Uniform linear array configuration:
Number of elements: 64
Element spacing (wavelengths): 0.25
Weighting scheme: uniform
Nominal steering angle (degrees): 15
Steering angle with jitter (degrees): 15.825
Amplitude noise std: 0.05
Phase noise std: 0.05

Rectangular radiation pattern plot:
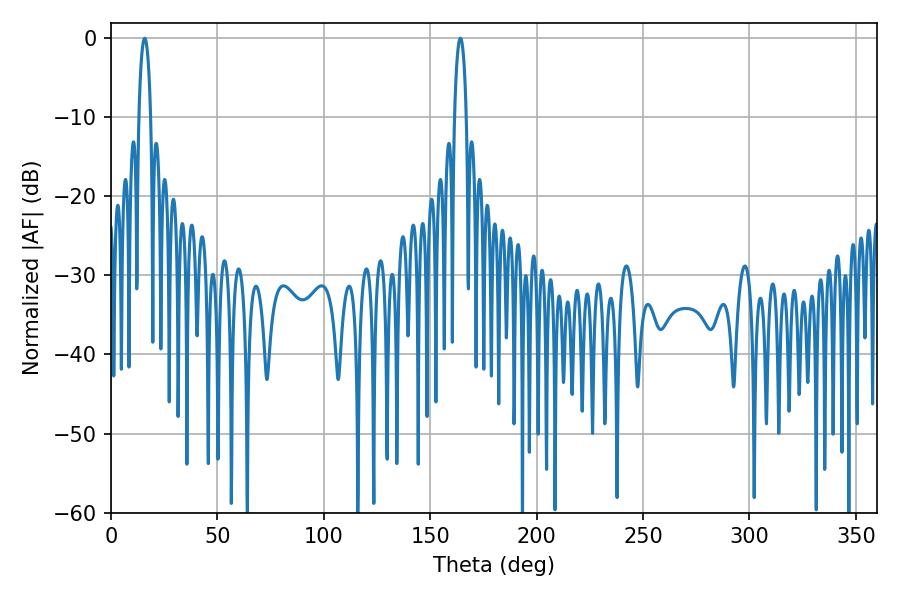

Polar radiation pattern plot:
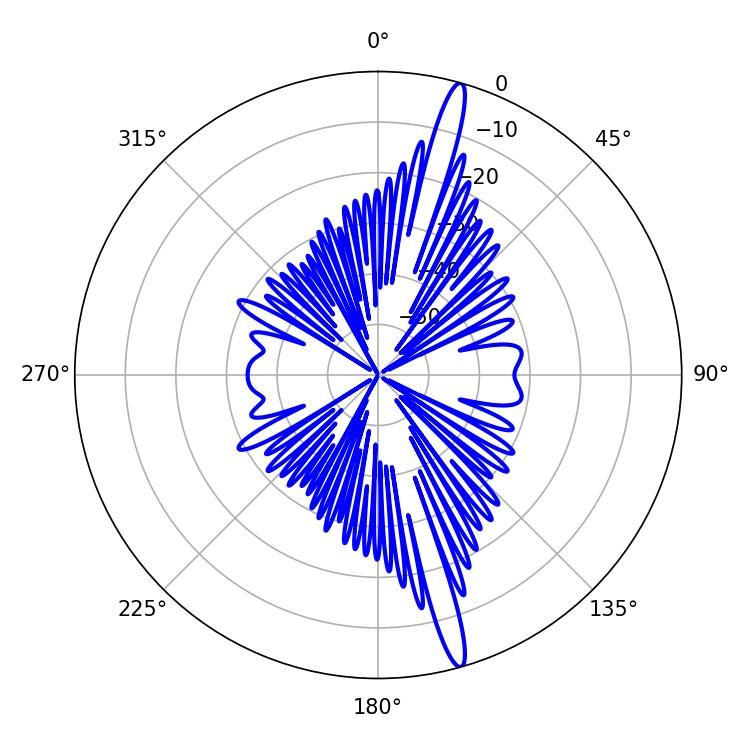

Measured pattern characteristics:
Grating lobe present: FALSE
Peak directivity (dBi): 17.547
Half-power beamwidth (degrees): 3.24
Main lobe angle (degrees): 15.84